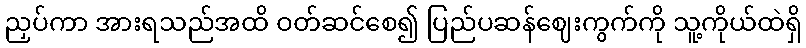
ညှပ်ကာ အားရသည်အထိ ဝတ်ဆင်စေ၍ ပြည်ပဆန်ဈေးကွက်ကို သူ့ကိုယ်ထဲရှိ